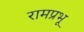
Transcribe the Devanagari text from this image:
रामप्रभू